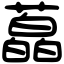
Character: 藠